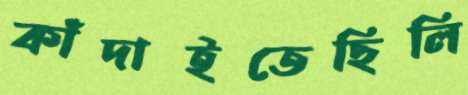
কাঁদাইতেছিলি